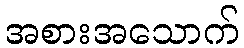
အစားအသောက်